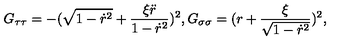
G _ { \tau \tau } = - ( \sqrt { 1 - \dot { r } ^ { 2 } } + \frac { \xi \ddot { r } } { 1 - \dot { r } ^ { 2 } } ) ^ { 2 } , G _ { \sigma \sigma } = ( r + \frac { \xi } { \sqrt { 1 - \dot { r } ^ { 2 } } } ) ^ { 2 } ,